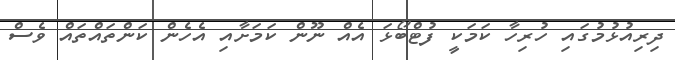
ދިރިއުޅުމުގައި ހުރިހާ ކަމަކީ ފުޓްބޯޅަ އެއް ނޫން ކަމަށާއި އެހެން ކަންތައްތައް ވެސް